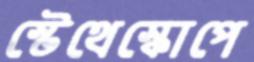
স্টেথেস্কোপে